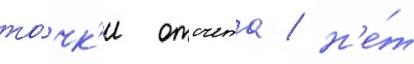
то́чк'и отсчета / н'е́т